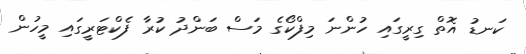
ކަނޑު އޮތް ގިރީގައި ހުންނަ މިފްކޯގެ މަސް ބަންދު ކުރާ ފެކްޓަރީގައި މީހުން